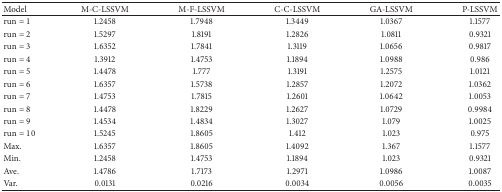
| Model | M-C-LSSVM | M-F-LSSVM | C-C-LSSVM | GA-LSSVM | P-LSSVM |
 | --- | --- | --- | --- | --- | --- |
 | run = 1 | 1.2458 | 1.7948 | 1.3449 | 1.0367 | 1.1577 |
 | run = 2 | 1.5297 | 1.8191 | 1.2826 | 1.0811 | 0.9321 |
 | run = 3 | 1.6352 | 1.7841 | 1.3119 | 1.0656 | 0.9817 |
 | run = 4 | 1.3912 | 1.4753 | 1.1894 | 1.0988 | 0.986 |
 | run = 5 | 1.4478 | 1.777 | 1.3191 | 1.2575 | 1.0121 |
 | run = 6 | 1.6357 | 1.5738 | 1.2857 | 1.2072 | 1.0362 |
 | run = 7 | 1.4753 | 1.7815 | 1.2601 | 1.0642 | 1.0053 |
 | run = 8 | 1.4478 | 1.8229 | 1.2627 | 1.0729 | 0.9984 |
 | run = 9 | 1.4534 | 1.4834 | 1.3027 | 1.079 | 1.0025 |
 | run = 10 | 1.5245 | 1.8605 | 1.412 | 1.023 | 0.975 |
 | Max. | 1.6357 | 1.8605 | 1.4092 | 1.367 | 1.1577 |
 | Min. | 1.2458 | 1.4753 | 1.1894 | 1.023 | 0.9321 |
 | Ave. | 1.4786 | 1.7173 | 1.2971 | 1.0986 | 1.0087 |
 | Var. | 0.0131 | 0.0216 | 0.0034 | 0.0056 | 0.0035 |